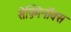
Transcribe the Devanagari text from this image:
सेफ़्मिनॉक्स